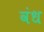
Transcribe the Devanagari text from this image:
वंध